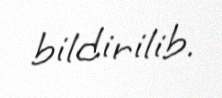
bildirilib.